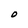
Character: O